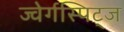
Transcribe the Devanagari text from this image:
ज्वेर्गस्पिट्ज